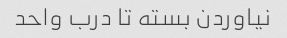
نیاوردن بسته تا درب واحد